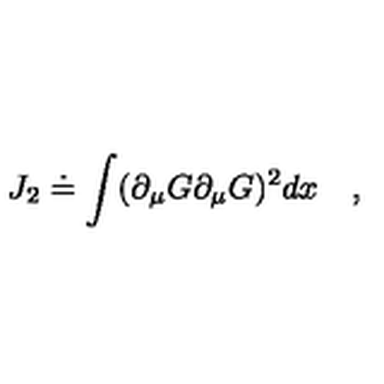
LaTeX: J _ { 2 } \doteq \int ( \partial _ { \mu } G \partial _ { \mu } G ) ^ { 2 } d x \quad ,